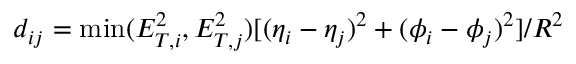
d _ { i j } = \operatorname * { m i n } ( E _ { T , i } ^ { 2 } , E _ { T , j } ^ { 2 } ) [ ( \eta _ { i } - \eta _ { j } ) ^ { 2 } + ( \phi _ { i } - \phi _ { j } ) ^ { 2 } ] / R ^ { 2 }